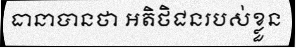
ធានាបានថា អតិថិជនរបស់ខ្លួន